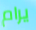
يرام